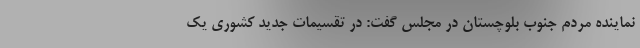
نماینده مردم جنوب بلوچستان در مجلس گفت: در تقسیمات جدید کشوری یک